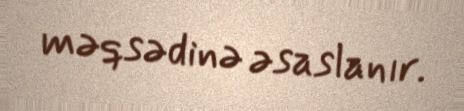
məqsədinə əsaslanır.